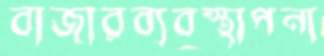
বাজারব্যবস্থাপনা